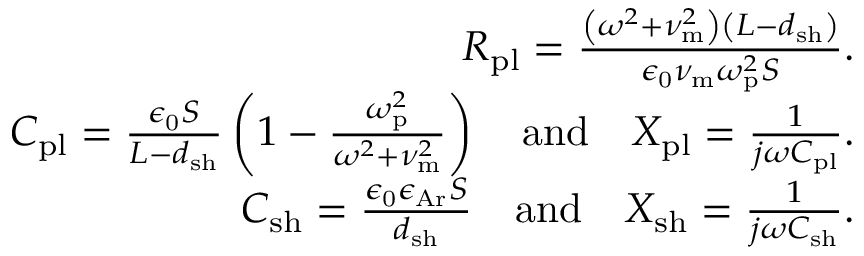
\begin{array} { r } { R _ { \mathrm { p l } } = \frac { \left( \omega ^ { 2 } + \nu _ { \mathrm { m } } ^ { 2 } \right) \left( L - d _ { \mathrm { s h } } \right) } { \epsilon _ { \mathrm { 0 } } \nu _ { \mathrm { m } } \omega _ { \mathrm { p } } ^ { 2 } S } . } \\ { C _ { \mathrm { p l } } = \frac { \epsilon _ { \mathrm { 0 } } S } { L - d _ { \mathrm { s h } } } \left( 1 - \frac { \omega _ { \mathrm { p } } ^ { 2 } } { \omega ^ { 2 } + \nu _ { \mathrm { m } } ^ { 2 } } \right) \quad \mathrm { a n d } \quad X _ { \mathrm { p l } } = \frac { 1 } { j \omega C _ { \mathrm { p l } } } . } \\ { C _ { \mathrm { s h } } = \frac { \epsilon _ { \mathrm { 0 } } \epsilon _ { \mathrm { A r } } S } { d _ { \mathrm { s h } } } \quad \mathrm { a n d } \quad X _ { \mathrm { s h } } = \frac { 1 } { j \omega C _ { \mathrm { s h } } } . } \end{array}